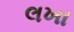
લખા